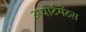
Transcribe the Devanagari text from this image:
अपार्टमेंटस